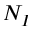
N _ { I }